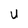
Character: U